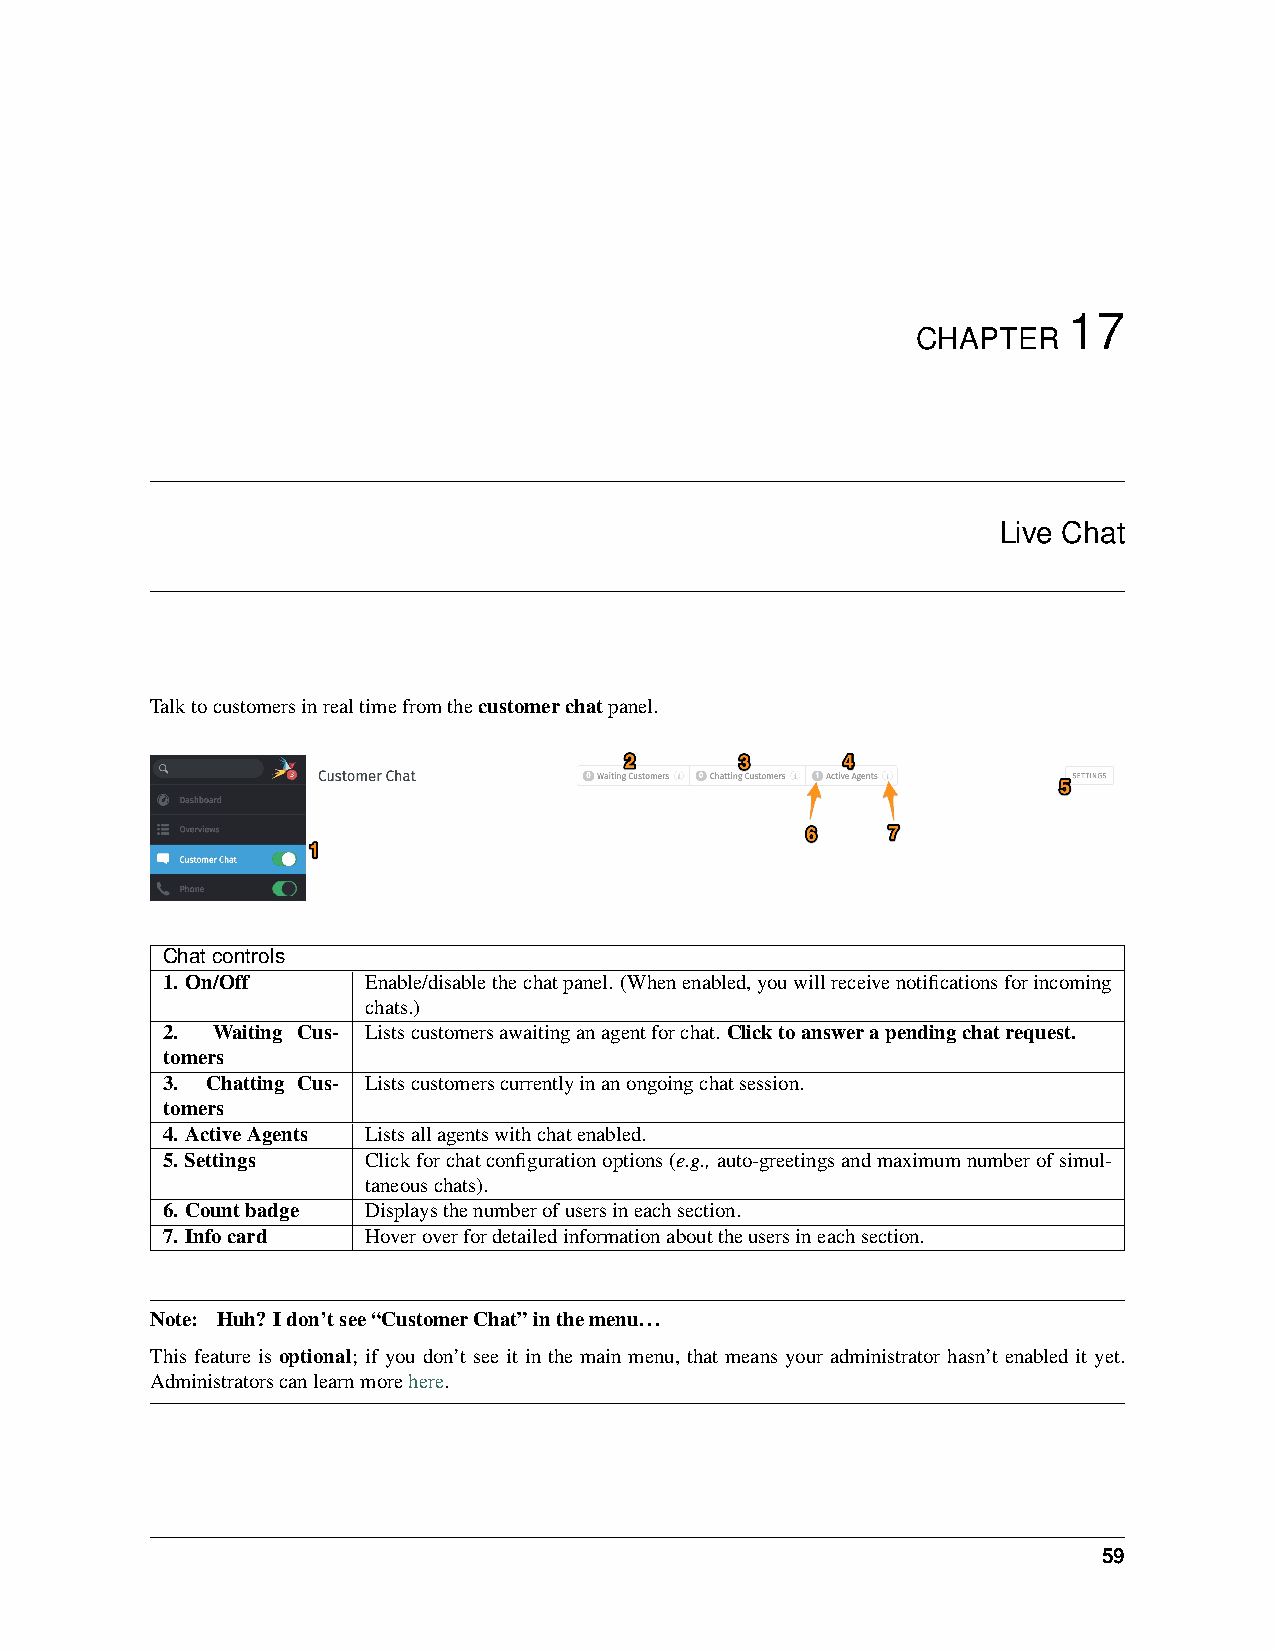
17
 CHAPTER
 Live Chat
 Talktocustomersinrealtimefromthecustomerchatpanel.
 Chatcontrols
 1. On/Off    Enable/disablethechatpanel. (Whenenabled,youwillreceivenotificationsforincoming
 chats.)
 2. Waiting Cus- Listscustomersawaitinganagentforchat. Clicktoanswerapendingchatrequest.
 tomers
 3. Chatting Cus- Listscustomerscurrentlyinanongoingchatsession.
 tomers
 4. ActiveAgents Listsallagentswithchatenabled.
 5. Settings  Clickforchatconfigurationoptions(e.g.,auto-greetingsandmaximumnumberofsimul-
 taneouschats).
 6. Countbadge Displaysthenumberofusersineachsection.
 7. Infocard  Hoveroverfordetailedinformationabouttheusersineachsection.
 Note: Huh? Idon’tsee“CustomerChat”inthemenu...
 This feature is optional; if you don’t see it in the main menu, that means your administrator hasn’t enabled it yet.
 Administratorscanlearnmorehere.
 59